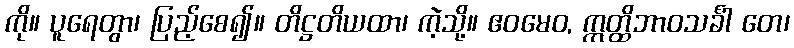
ကို။ ပူရေတွာ၊ ပြည့်စေ၍။ တိဋ္ဌတိယထာ၊ ကဲ့သို့။ ဧဝမေဝ, ဣတ္ထိဘာဝသင်္ခါ တေ၊